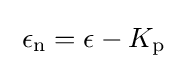
\;\epsilon _{\mathrm {n} }=\epsilon -K_{\mathrm {p} }